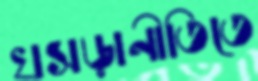
খসড়ানীতিতে